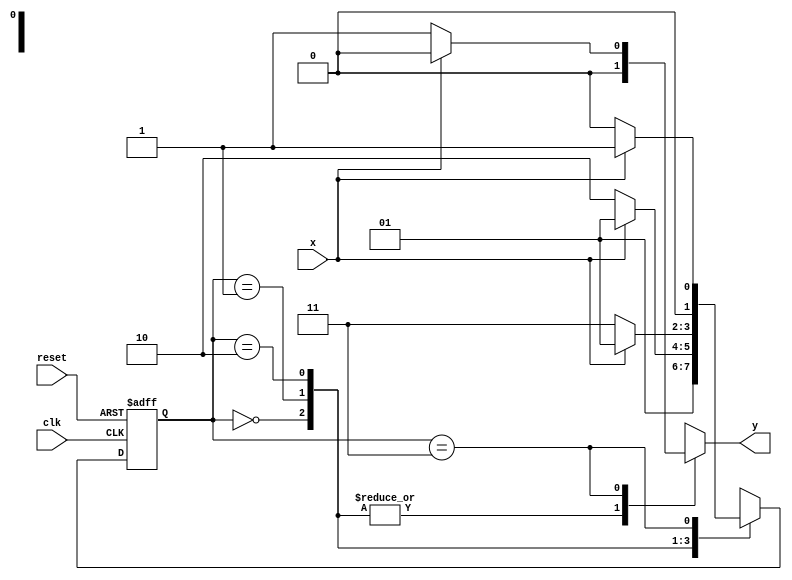
// Nome: Rayan Darwin
// -------------------------

// --------------
// --- Mealy FSM
// --------------

//Mealy FSM Diagram x000

// constant definitions
`define found 1
`define notfound 0

// FSM by Mealy
module mealyx000 ( y, x, clk, reset );
output y;
input x;
input clk;
input reset;
reg y;
parameter // state identifiers

start = 2'b00,
id1 = 2'b01,
id10 = 2'b10,
id11 = 2'b11;

reg [1:0] E1; // current state variables
reg [1:0] E2; // next state logic output

// next state logic
always @( x or E1 )
begin
y = `notfound;
case ( E1 )
start:
if ( x )
E2 = id1;
else
E2 = id1;

id1:
if ( x )
E2 = id1;
else
E2 = id10;

id10:
if ( x )
E2 = id1;
else
E2 = id11;

id11:
if ( x )
E2 = id1;
else
begin
E2 = start;
y = `found;
end
default: // undefined state
E2 = 2'bxx;
endcase
end // always at signal or state changing

// state variables
always @( posedge clk or negedge reset )
begin
if ( reset )
E1 = E2; // updates current state
else
E1 = 0; // reset
end // always at signal changing
endmodule // mealyx000